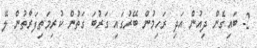
2- ބައިގެން ދިއުން އަދި ރަހިމުން ބޭރުގައި ގަރުބަ ގަތުން ކުރިމަތިފަރާތުން ލޭ